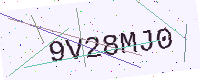
Text: 9V28MJ0